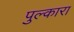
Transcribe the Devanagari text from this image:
पुल्कारा